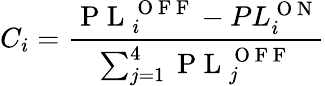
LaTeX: C_{i}=\frac{\mathrm{~P~L~}_{i}^{\mathrm{~O~F~F~}}-PL_{i}^{\mathrm{~O~N~}}}{\sum_{j=1}^{4}\mathrm{~P~L~}_{j}^{\mathrm{~O~F~F~}}}